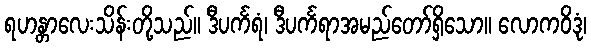
ရဟန္တာလေးသိန်းတို့သည်။ ဒီပင်္ကရံ၊ ဒီပင်္ကရာအမည်တော်ရှိသော။ လောကဝိဒုံ၊